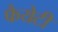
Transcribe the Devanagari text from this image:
फैयेटी